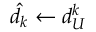
\hat { d _ { k } } \gets d _ { U } ^ { k }